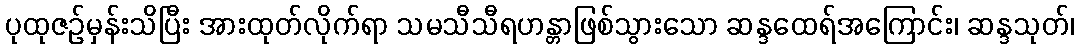
ပုထုဇဉ်မှန်းသိပြီး အားထုတ်လိုက်ရာ သမသီသီရဟန္တာဖြစ်သွားသော ဆန္ဒထေရ်အကြောင်း၊ ဆန္ဒသုတ်၊